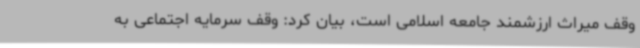
وقف میراث ارزشمند جامعه اسلامی است، بیان کرد: وقف سرمایه اجتماعی به